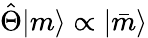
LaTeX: \hat{\Theta}|m\rangle\propto|\bar{m}\rangle